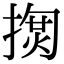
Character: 𢱳